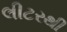
લીટરથી